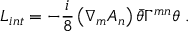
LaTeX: L _ { i n t } = - \frac { i } { 8 } \left( { \nabla } _ { m } { A _ { n } } \right) \bar { \theta } { \Gamma } ^ { m n } { \theta } \ .